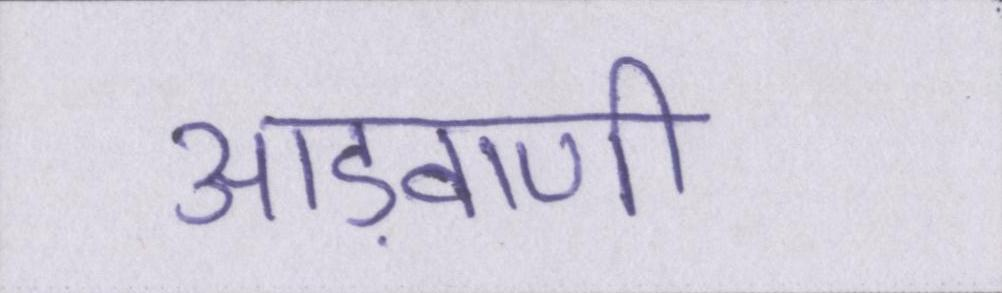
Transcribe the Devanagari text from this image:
आड़वाणी